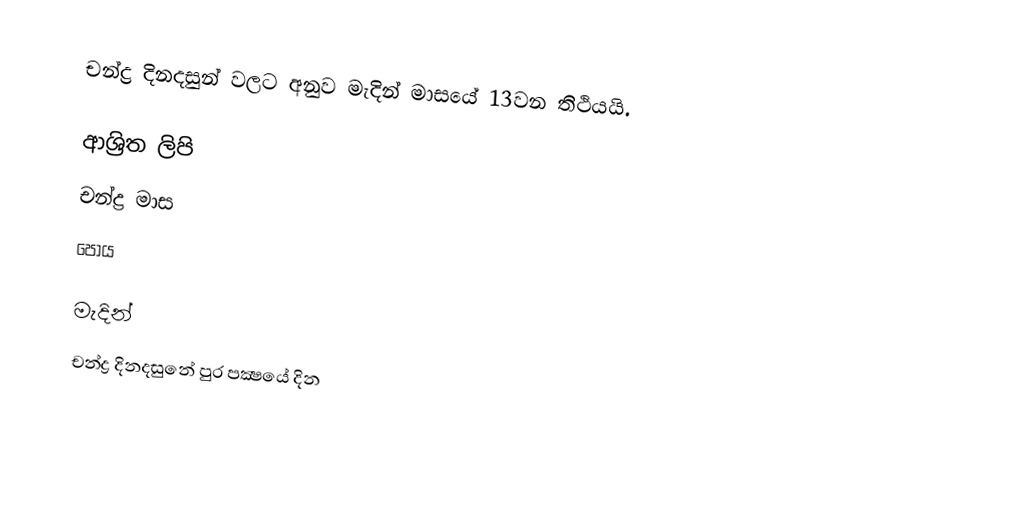
චන්ද්‍ර දිනදසුන් වලට අනුව මැදින් මාසයේ 13වන තිථියයි.

ආශ්‍රිත ලිපි
 චන්ද්‍ර මාස
 පෝය

මැදින්
චන්ද්‍ර දිනදසුනේ පුර පක්‍ෂයේ දින